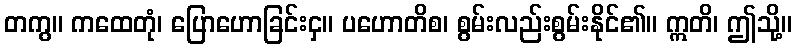
တကွ။ ကထေတုံ၊ ပြောဟောခြင်းငှ။ ပဟောတိစ၊ စွမ်းလည်းစွမ်းနိုင်၏။ ဣတိ၊ ဤသို့။